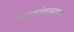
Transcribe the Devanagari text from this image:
षटकांवरसुद्धा